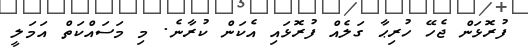
ފުރޮޅަން ޖެހޭ ހުރިޙާ ގަލެއް ފުރޮޅައި އެކަން ކުރާނެ. މި މަސައްކަތް އަމަލީ